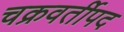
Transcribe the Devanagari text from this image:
चक्रवर्तीपद